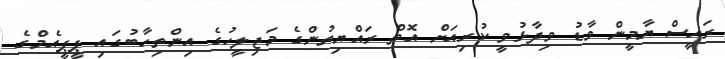
ރައީސް ޔާމީން ވާޑު ވިދާޅުވީ ކުރިއަށް އޮތް ރައްޔިތުންގެ މަޖިލީހުގެ އިންތިހާބުގައި ޕީޕީއެމްގެ